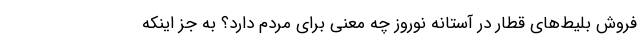
فروش بلیط‌های قطار در آستانه نوروز چه معنی برای مردم دارد؟ به جز اینکه